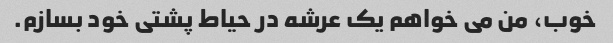
خوب، من می خواهم یک عرشه در حیاط پشتی خود بسازم.